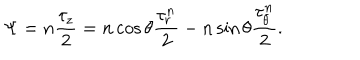
\Psi = n \frac { \tau _ { z } } { 2 } = n \cos \theta \frac { \tau _ { r } ^ { n } } { 2 } - n \sin \theta \frac { \tau _ { \theta } ^ { n } } { 2 } .